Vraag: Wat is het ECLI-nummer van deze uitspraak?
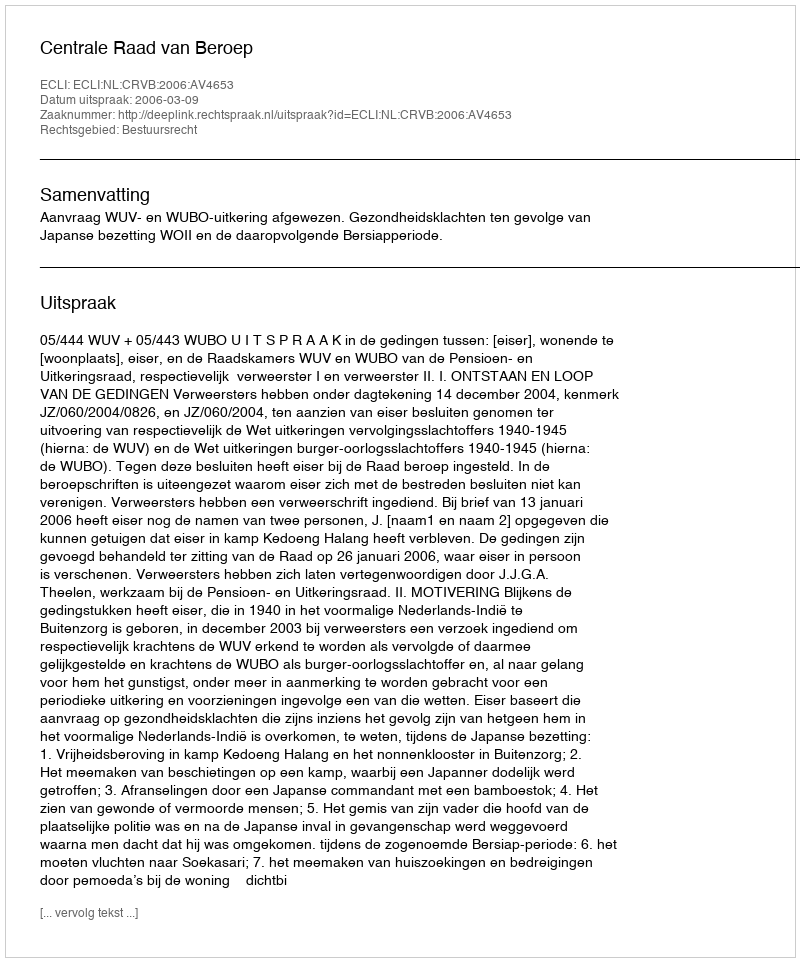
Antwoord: ECLI:NL:CRVB:2006:AV4653